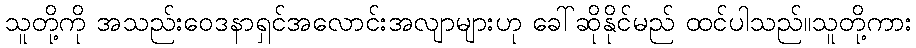
သူတို့ကို အသည်းဝေဒနာရှင်အလောင်းအလျာများဟု ခေါ်ဆိုနိုင်မည် ထင်ပါသည်။သူတို့ကား